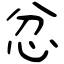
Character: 忿